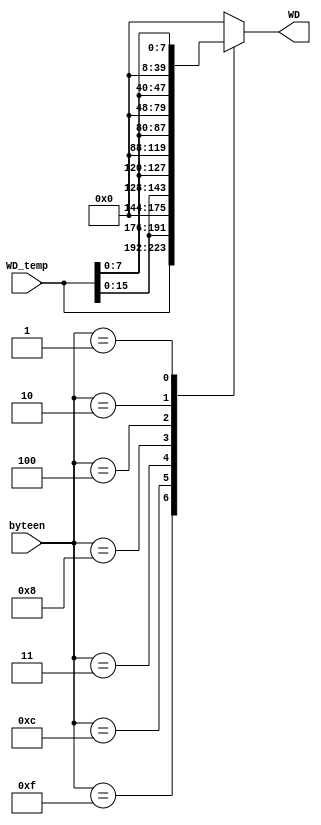
module Store (
    //input
    input [3:0] byteen,
    input [31:0] WD_temp,
    //output
    output [31:0] WD
    );
    
    reg [31:0] WD_reg;

    always @(*) begin
        case (byteen)
            4'b1111: WD_reg <= WD_temp;
            4'b1100: WD_reg <= {WD_temp[15:0],16'h0000};
            4'b0011: WD_reg <= {16'h0000,WD_temp[15:0]};
            4'b1000: WD_reg <= {WD_temp[7:0],24'h00_0000};
            4'b0100: WD_reg <= {8'h00,WD_temp[7:0],16'h0000};
            4'b0010: WD_reg <= {16'h0000,WD_temp[7:0],8'h00};
            4'b0001: WD_reg <= {24'h00_0000,WD_temp[7:0]};
            default: WD_reg <= 32'h0000_0000;
        endcase
    end

    assign WD = WD_reg;

endmodule